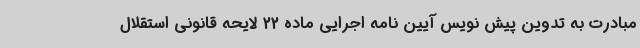
مبادرت به تدوین پیش نویس آیین نامه اجرایی ماده 22 لایحه قانونی استقلال